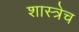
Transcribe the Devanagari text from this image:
शास्त्रेच